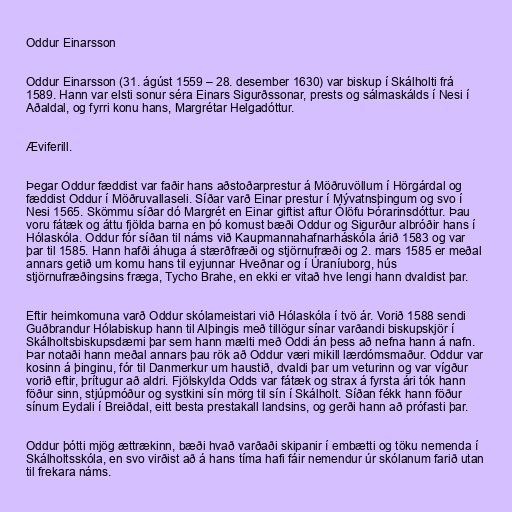
Oddur Einarsson

Oddur Einarsson (31. ágúst 1559 – 28. desember 1630) var biskup í Skálholti frá
1589. Hann var elsti sonur séra Einars Sigurðssonar, prests og sálmaskálds í Nesi í
Aðaldal, og fyrri konu hans, Margrétar Helgadóttur.

Æviferill.

Þegar Oddur fæddist var faðir hans aðstoðarprestur á Möðruvöllum í Hörgárdal og
fæddist Oddur í Möðruvallaseli. Síðar varð Einar prestur í Mývatnsþingum og svo í
Nesi 1565. Skömmu síðar dó Margrét en Einar giftist aftur Ólöfu Þórarinsdóttur. Þau
voru fátæk og áttu fjölda barna en þó komust bæði Oddur og Sigurður albróðir hans í
Hólaskóla. Oddur fór síðan til náms við Kaupmannahafnarháskóla árið 1583 og var
þar til 1585. Hann hafði áhuga á stærðfræði og stjörnufræði og 2. mars 1585 er meðal
annars getið um komu hans til eyjunnar Hveðnar og í Úraníuborg, hús
stjörnufræðingsins fræga, Tycho Brahe, en ekki er vitað hve lengi hann dvaldist þar.

Eftir heimkomuna varð Oddur skólameistari við Hólaskóla í tvö ár. Vorið 1588 sendi
Guðbrandur Hólabiskup hann til Alþingis með tillögur sínar varðandi biskupskjör í
Skálholtsbiskupsdæmi þar sem hann mælti með Oddi án þess að nefna hann á nafn.
Þar notaði hann meðal annars þau rök að Oddur væri mikill lærdómsmaður. Oddur var
kosinn á þinginu, fór til Danmerkur um haustið, dvaldi þar um veturinn og var vígður
vorið eftir, þrítugur að aldri. Fjölskylda Odds var fátæk og strax á fyrsta ári tók hann
föður sinn, stjúpmóður og systkini sín mörg til sín í Skálholt. Síðan fékk hann föður
sínum Eydali í Breiðdal, eitt besta prestakall landsins, og gerði hann að prófasti þar.

Oddur þótti mjög ættrækinn, bæði hvað varðaði skipanir í embætti og töku nemenda í
Skálholtsskóla, en svo virðist að á hans tíma hafi fáir nemendur úr skólanum farið utan
til frekara náms.